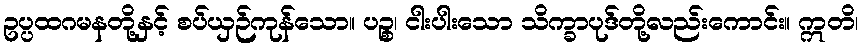
ဥပ္ပထဂမနတို့နှင့် စပ်ယှဉ်ကုန်သော။ ပဉ္စ၊ ငါးပါးသော သိက္ခာပုဒ်တို့လည်းကောင်း။ ဣတိ၊